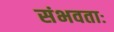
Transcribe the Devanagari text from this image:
संभवताः